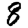
Digit: 8